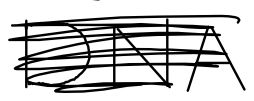
Text: DNA
Cross-out: scratch
Writing tool: digital_black